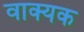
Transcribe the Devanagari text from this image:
वाक्यक